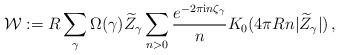
LaTeX: \begin{align*} \mathcal{W}:=R\sum_{\gamma}\Omega(\gamma)\widetilde{Z}_{\gamma}\sum_{n>0}\frac{e^{-2\pi\mathrm{i}n\zeta_{\gamma}}}{n}K_0(4\pi Rn|\widetilde{Z}_{\gamma}|)\,,\end{align*}